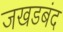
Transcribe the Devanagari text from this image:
जखडबंद